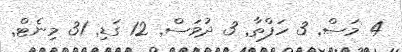
4 މަސް